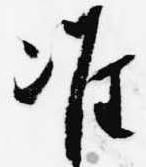
准